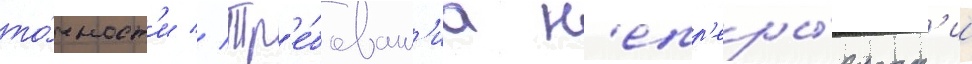
то́чност'и // Тр'е́бован'иа н'епр'еры́вност'и